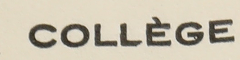
COLLÈGE